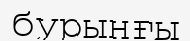
бурынғы